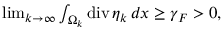
\begin{array} { r } { \operatorname* { l i m } _ { k \to \infty } \int _ { \Omega _ { k } } \mathrm { d i v } \, \eta _ { k } \, d x \geq \gamma _ { F } > 0 , } \end{array}